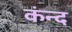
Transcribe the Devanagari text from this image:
कंन्द